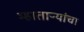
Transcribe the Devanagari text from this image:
म्हाताऱ्यांचा